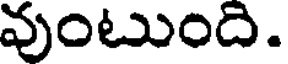
వుంటుంది.